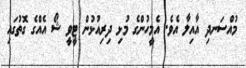
މުއްސަނދި އާއިލާ އެވެ. އެމީހުންގެ މުޅި ދިރިއުޅުން ޓީވީ ޝޯ އެއްގެ ގޮތުގައި